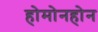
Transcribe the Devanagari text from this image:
होमोनहोन